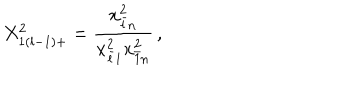
\displaystyle { X _ { 1 ( l - 1 ) + } ^ { 2 } = \frac { x _ { \bar { l } n } ^ { 2 } } { x _ { \bar { l } 1 } ^ { 2 } x _ { \bar { 1 } n } ^ { 2 } } } \, ,